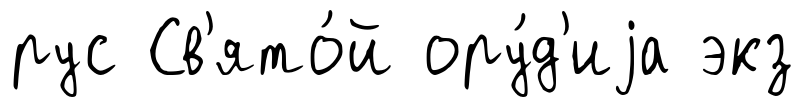
рус Св'ято́й ору́д'иjа экз